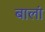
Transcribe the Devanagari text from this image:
बालां